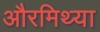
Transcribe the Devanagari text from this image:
औरमिथ्या